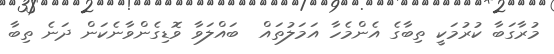
މުރާގަބާ ކުރުމަކީ ތިބާގެ އެންމެހާ އަމަލުތައް  ބައްލަވާ ވޮޑިގެންވާނެކަން ދަނެ ތިބާ